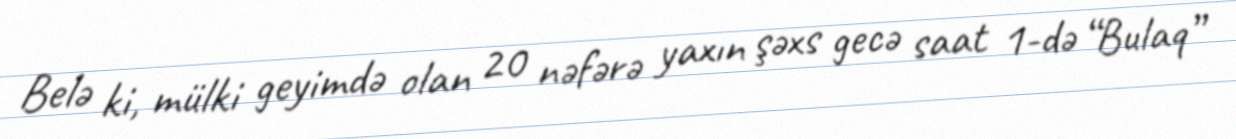
Belə ki, mülki geyimdə olan 20 nəfərə yaxın şəxs gecə saat 1-də “Bulaq”